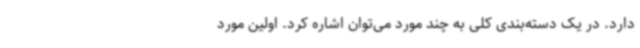
دارد. در یک دسته‌بندی کلی به چند مورد می‌توان اشاره کرد. اولین مورد